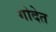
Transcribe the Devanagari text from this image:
गोदेत